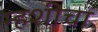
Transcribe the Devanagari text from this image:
म्हशीचा